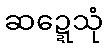
ဆဍ္ဍေသုံ